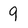
Character: 9